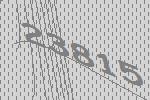
23815